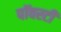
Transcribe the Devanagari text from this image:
पॉवरटी